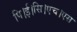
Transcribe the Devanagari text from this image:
पि।ई।सि।एच।एस